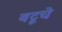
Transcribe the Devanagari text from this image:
बटूचे